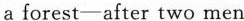
a forest—after two men